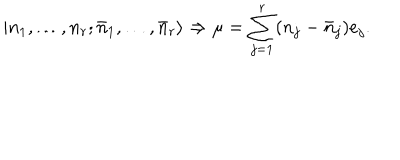
| n _ { 1 } , \ldots , n _ { r } ; \bar { n } _ { 1 } , \ldots , \bar { n } _ { r } \rangle \Rightarrow \mu = \sum _ { j = 1 } ^ { r } ( n _ { j } - \bar { n } _ { j } ) e _ { j } .